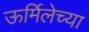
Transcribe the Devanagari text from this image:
ऊर्मिलेच्या